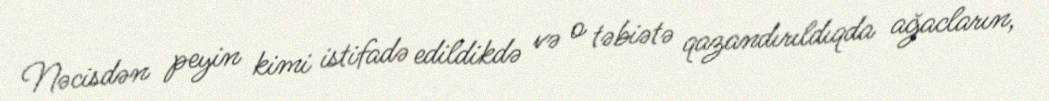
Nəcisdən peyin kimi istifadə edildikdə və o təbiətə qazandırıldıqda ağacların,